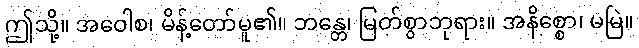
ဤသို့။ အဝေါစ၊ မိန့်တော်မူ၏။ ဘန္တေ၊ မြတ်စွာဘုရား။ အနိစ္စော၊ မမြဲ။